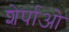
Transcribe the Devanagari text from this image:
शेर्पाओ